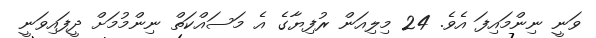
ވަނީ ނިންމައިފަ އެވެ. 24 މިލިއަން ރުފިޔާގެ އެ މަސައްކަތް ނިންމުމަށް ދީފައިވަނީ